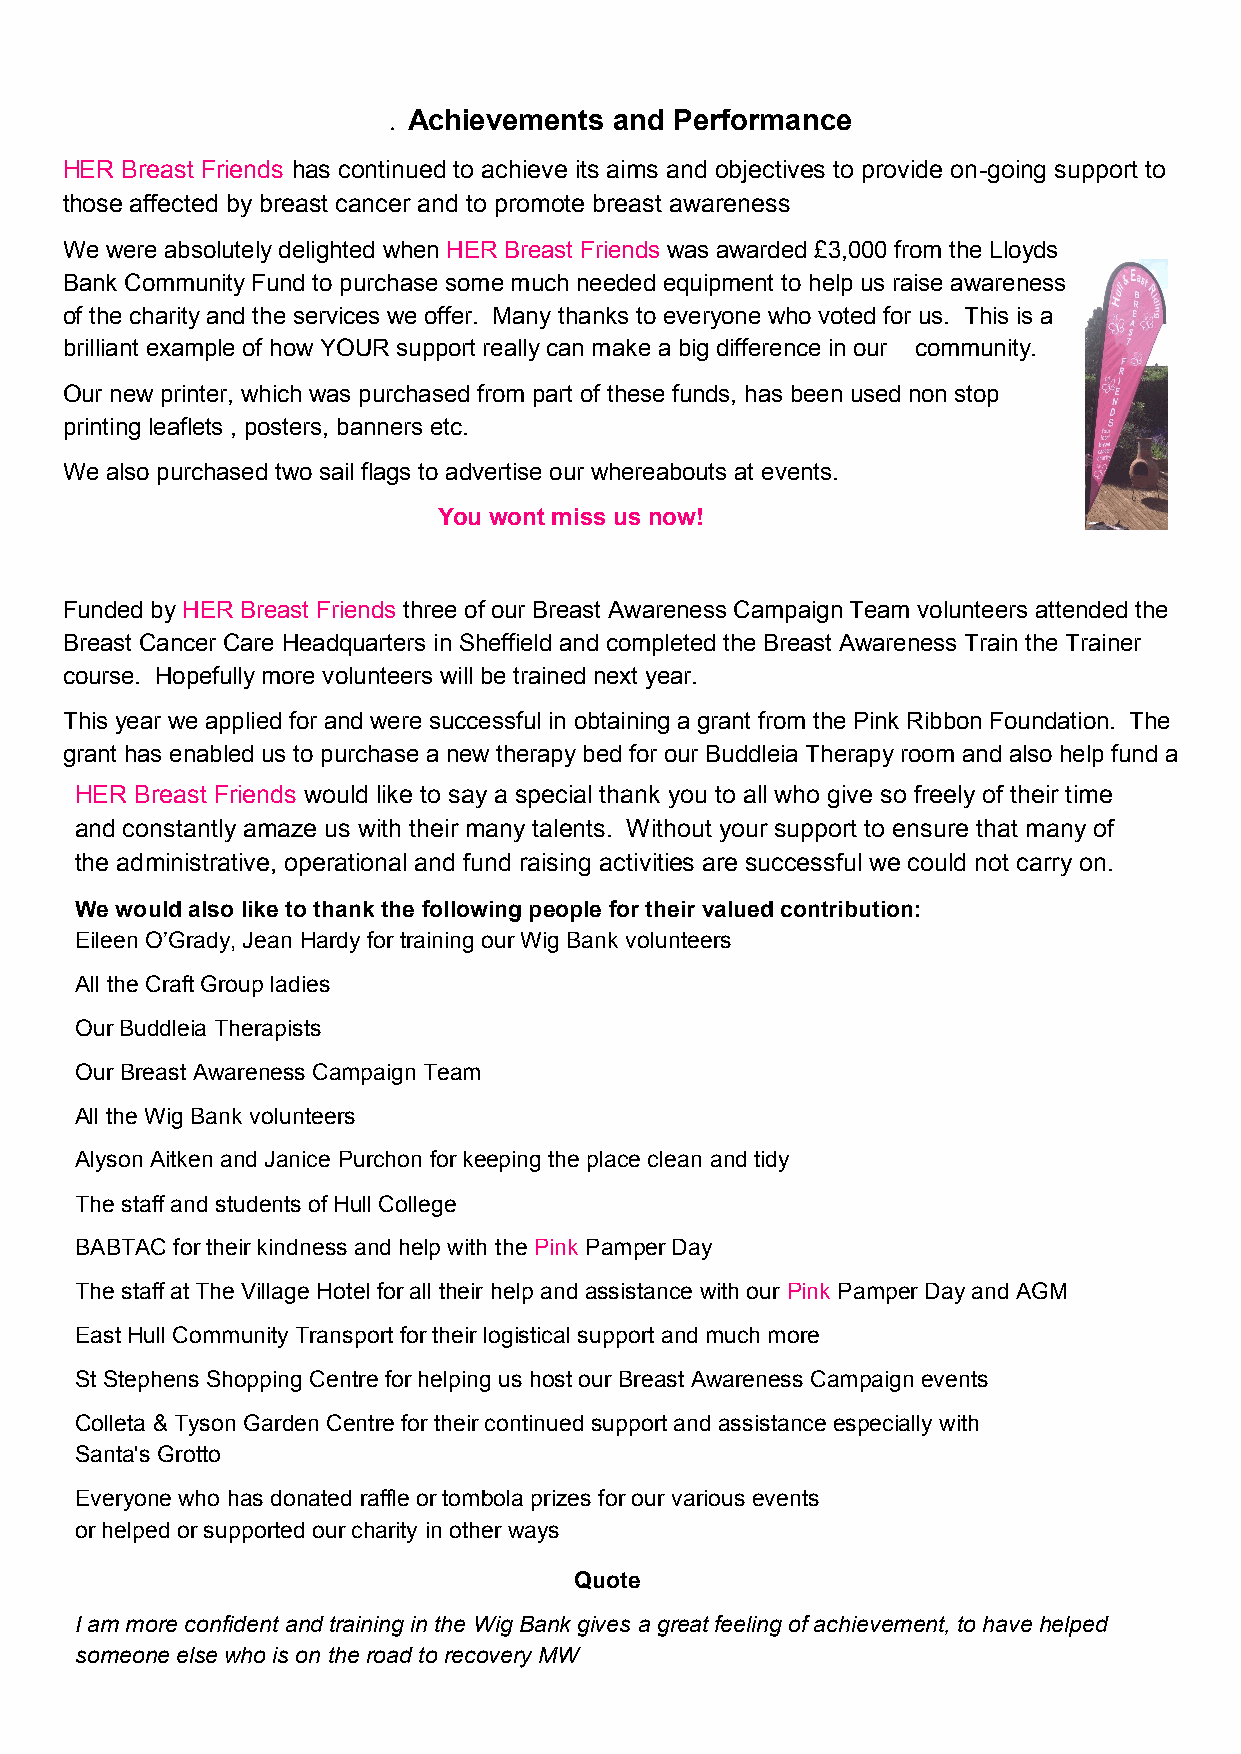
. Achievements and Performance
 HER Breast Friends has continued to achieve its aims and objectives to provide on-going support to
 those affected by breast cancer and to promote breast awareness
 We were absolutely delighted when HER Breast Friends was awarded £3,000 from the Lloyds
 Bank Community Fund to purchase some much needed equipment to help us raise awareness
 of the charity and the services we offer. Many thanks to everyone who voted for us. This is a
 brilliant example of how YOUR support really can make a big difference in our community.
 Our new printer, which was purchased from part of these funds, has been used non stop
 printing leaflets , posters, banners etc.
 We also purchased two sail flags to advertise our whereabouts at events.
 You wont miss us now!
 Funded by HER Breast Friends three of our Breast Awareness Campaign Team volunteers attended the
 Breast Cancer Care Headquarters in Sheffield and completed the Breast Awareness Train the Trainer
 course. Hopefully more volunteers will be trained next year.
 This year we applied for and were successful in obtaining a grant from the Pink Ribbon Foundation. The
 grant has enabled us to purchase a new therapy bed for our Buddleia Therapy room and also help fund a
 HER Breast Friends would like to say a special thank you to all who give so freely of their time
 and constantly amaze us with their many talents. Without your support to ensure that many of
 the administrative, operational and fund raising activities are successful we could not carry on.
 We would also like to thank the following people for their valued contribution:
 Eileen O’Grady, Jean Hardy for training our Wig Bank volunteers
 All the Craft Group ladies
 Our Buddleia Therapists
 Our Breast Awareness Campaign Team
 All the Wig Bank volunteers
 Alyson Aitken and Janice Purchon for keeping the place clean and tidy
 The staff and students of Hull College
 BABTAC for their kindness and help with the Pink Pamper Day
 The staff at The Village Hotel for all their help and assistance with our Pink Pamper Day and AGM
 East Hull Community Transport for their logistical support and much more
 St Stephens Shopping Centre for helping us host our Breast Awareness Campaign events
 Colleta & Tyson Garden Centre for their continued support and assistance especially with
 Santa's Grotto
 Everyone who has donated raffle or tombola prizes for our various events
 or helped or supported our charity in other ways
 Quote
 I am more confident and training in the Wig Bank gives a great feeling of achievement, to have helped
 someone else who is on the road to recovery MW